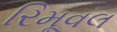
રિમૂવલ